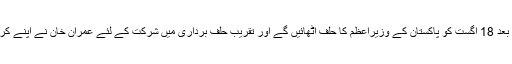
پاکستان تحریک انصاف کے چیئرمین اور سابق کرکٹ لیجنڈ عمران خان الیکشن 2018 میں کامیابی کے بعد 18 اگست کو پاکستان کے وزیراعظم کا حلف اٹھائیں گے اور تقریب حلف برداری میں شرکت کے لئے عمران خان نے اپنے کرکٹ کے زمانے کے بھارتی دوستوں کپل دیو، سنیل گاواسکر اور نوجوت سنگھ سدھو کو دعوت دی تھی۔